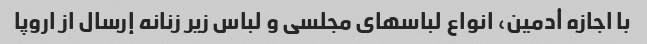
با اجازه أدمین، انواع لباسهای مجلسی و لباس زیر زنانه إرسال از اروپا